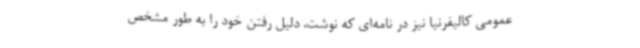
عمومی کالیفرنیا نیز در نامه‌ای که نوشت، دلیل رفتن خود را به‌ طور مشخص